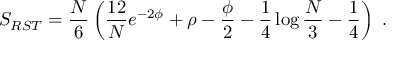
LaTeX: S _ { R S T } = { \frac { N } { 6 } } \left( { \frac { 1 2 } { N } } e ^ { - 2 \phi } + \rho - { \frac { \phi } { 2 } } - { \frac { 1 } { 4 } } \log { \frac { N } { 3 } } - { \frac { 1 } { 4 } } \right) \ .